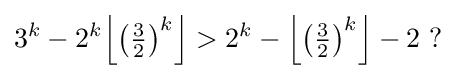
3^{k}-2^{k}{\Bigl \lfloor }{\bigl (}{\tfrac {3}{2}}{\bigr )}^{k}{\Bigr \rfloor }>2^{k}-{\Bigl \lfloor }{\bigl (}{\tfrac {3}{2}}{\bigr )}^{k}{\Bigr \rfloor }-2\ ?